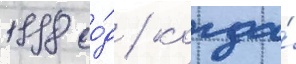
1998 го́д / когда́